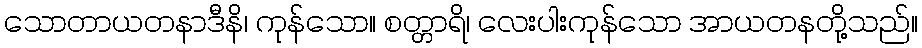
သောတာယတနာဒီနိ၊ ကုန်သော။ စတ္တာရိ၊ လေးပါးကုန်သော အာယတနတို့သည်။